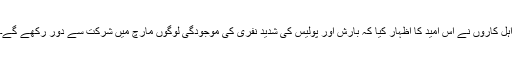
اہل کاروں نے اس امید کا اظہار کیا کہ بارش اور پولیس کی شدید نفری کی موجودگی لوگوں مارچ میں شرکت سے دور رکھے گے۔